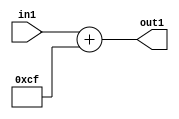
`timescale 1ps / 1ps
/*****************************************************************************
    Verilog RTL Description
    
    
    Created by: Stratus DpOpt 2019.1.01 
*******************************************************************************/

module DC_Filter_Add_12U_30_4 (
	in1,
	out1
	); /* architecture "behavioural" */ 
input [11:0] in1;
output [11:0] out1;
wire [11:0] asc001;

assign asc001 = 
	+(in1)
	+(12'B000011001111);

assign out1 = asc001;
endmodule

/* CADENCE  urn2TAs= : u9/ySgnWtBlWxVPRXgAZ4Og= ** DO NOT EDIT THIS LINE ******/